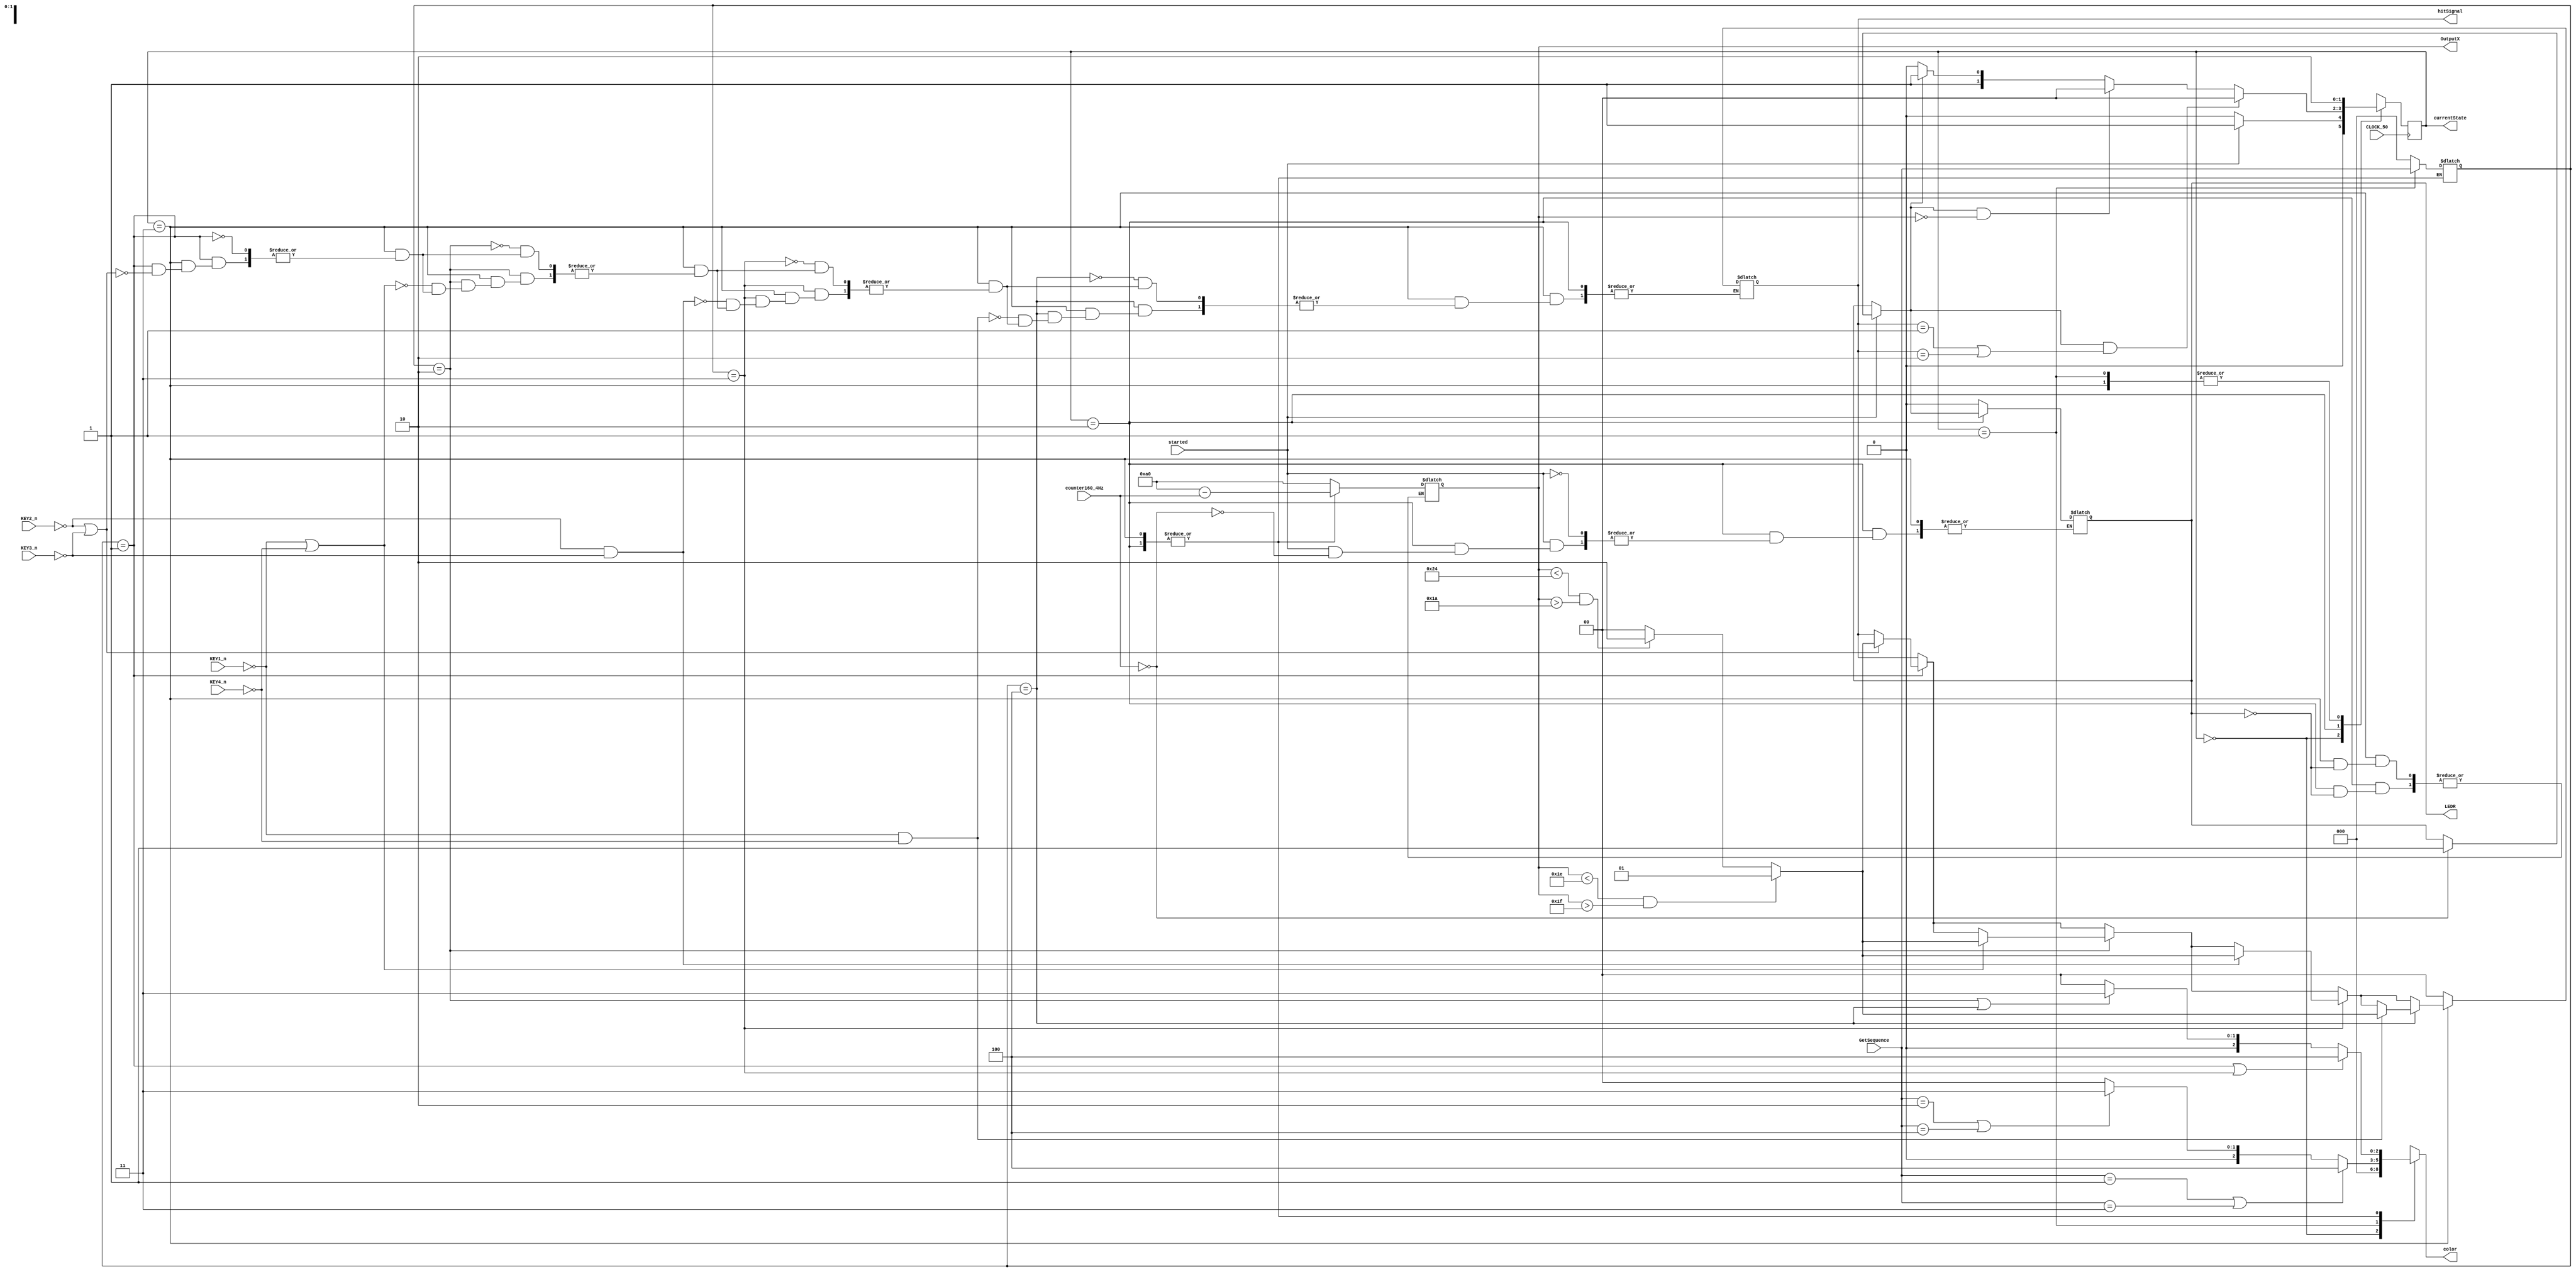


module ListedParts( /*KEY Input*/ KEY1_n, KEY2_n, KEY3_n, KEY4_n,
	GetSequence, started, counter160_4Hz, CLOCK_50, OutputX, color, currentState, hitSignal, LEDR);

	input started, CLOCK_50;
	input KEY1_n, KEY2_n, KEY3_n, KEY4_n;
	input [7:0]counter160_4Hz;
	input [2:0]GetSequence;
	output reg [1:0]currentState;
	output reg [7:0]OutputX;
	output reg [2:0]color;
	output [1:0]hitSignal;
	output LEDR;
	
	reg [1:0] nextState;
	reg [1:0] hitStatus;
	reg Begin;
	reg [2:0]nowSequence;
	
	assign LEDR = Begin;
	assign hitSignal = hitStatus;
	
	parameter reset = 2'b00, getSequence = 2'b01, computing = 2'b10, onHit = 2'b11;
	
	//controlPath
	//state table
	always@(*)
		begin: state_table
			case(currentState)
			
				reset:
					begin
						Begin = 0;
						hitStatus = 2'b00;
						if(started)
							nextState = getSequence;
						else 
							nextState = reset;
					end
				
				getSequence:
					begin
						Begin = 0;
						hitStatus = 2'b00;
						nextState = computing;
					end
					
				computing:
					begin
						
						if(started)
							if(counter160_4Hz == 0)
								Begin = 1;
								
						if (Begin & ((hitStatus == 2'b01) | (hitStatus == 2'b10)))
							nextState = reset;
						else if (Begin & (OutputX == 0))
							nextState = reset;
						else if (Begin) 
							nextState = onHit;
						else nextState = computing;
					end
					
				onHit:
					begin
						if (nowSequence == 3'b001)
							if ((!KEY2_n)|(!KEY3_n))
								begin
									if ((OutputX < 8'b00011110)&(OutputX > 8'b00011111))
										hitStatus = 2'b01;
									else if ((OutputX < 8'b00100100)&(OutputX > 8'b00011010))
										hitStatus = 2'b10;
									else hitStatus = 2'b00;
								end
							
						if (nowSequence == 3'b010)
							if ((!KEY1_n)|(!KEY4_n))
								begin
									if ((OutputX < 8'b00011110)&(OutputX > 8'b00011111))
										hitStatus = 2'b01;
									else if ((OutputX < 8'b00100100)&(OutputX > 8'b00011010))
										hitStatus = 2'b10;
									else hitStatus = 2'b00;
								end
							
						if (nowSequence == 3'b011)
							if ((!KEY2_n)&(!KEY3_n))
								begin
									if ((OutputX < 8'b00011110)&(OutputX > 8'b00011111))
										hitStatus = 2'b01;
									else if ((OutputX < 8'b00100100)&(OutputX > 8'b00011010))
										hitStatus = 2'b10;
									else hitStatus = 2'b00;
								end
							
						if (nowSequence == 3'b100)
							if ((!KEY1_n)&(!KEY4_n))
								begin
									if ((OutputX < 8'b00011110)&(OutputX > 8'b00011111))
										hitStatus = 2'b01;
									else if ((OutputX < 8'b00100100)&(OutputX > 8'b00011010))
										hitStatus = 2'b10;
									else hitStatus = 2'b00;
								end
								
						nextState = computing;
							
					end

				default:
					begin
						Begin = 0;
						hitStatus = 2'b00;;
						nextState = reset;
					end
							
			endcase
		end
			
			
	//dataPath
	always@(*)
		begin: output_logic
			case(currentState)
			
				reset:
					begin
						OutputX = 8'b10100000;
						color = 3'b000;
						nowSequence = 3'b000;
					end
				
				getSequence:
					begin
						OutputX = 8'b10100000;
						
						nowSequence = GetSequence;
						
						if ((nowSequence == 3'b001) | (nowSequence == 3'b011))
							color = 3'b100;
						else if ((nowSequence == 3'b010) | (nowSequence == 3'b100))
							color = 3'b011;
						else color = 3'b000;
					end
					
				computing:
					begin
						if(Begin)
							OutputX = 8'b10100000 - counter160_4Hz;
							
						if ((nowSequence == 3'b001) | (nowSequence == 3'b011))
							color = 3'b100;
						else if ((nowSequence == 3'b010) | (nowSequence == 3'b100))
							color = 3'b011;
						else color = 3'b000;
					end
				
				onHit:
					begin
						if(Begin)
							OutputX = 8'b10100000 - counter160_4Hz;
							
						if ((nowSequence == 3'b001) | (nowSequence == 3'b011))
							color = 3'b100;
						else if ((nowSequence == 3'b010) | (nowSequence == 3'b100))
							color = 3'b011;
						else color = 3'b000;
					end
					
				default:
					begin
						OutputX = 8'b10100000;
						color = 3'b000;
						nowSequence = 3'b000;
					end
					
			endcase
		end
		
	//state reg
	always @(posedge CLOCK_50)
		begin: state_FFs
			currentState <= nextState;
		end
				
endmodule